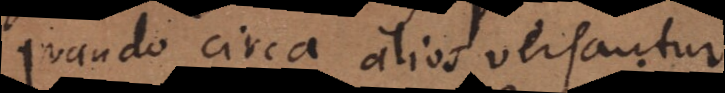
quando circa alios versantur.